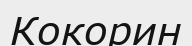
Кокорин